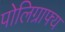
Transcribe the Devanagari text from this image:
पोलिग्राफ्य